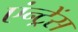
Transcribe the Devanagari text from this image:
एंन्ट्रेंस